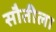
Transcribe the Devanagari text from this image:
सौतीला